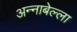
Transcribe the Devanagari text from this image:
अन्नाबेल्ला